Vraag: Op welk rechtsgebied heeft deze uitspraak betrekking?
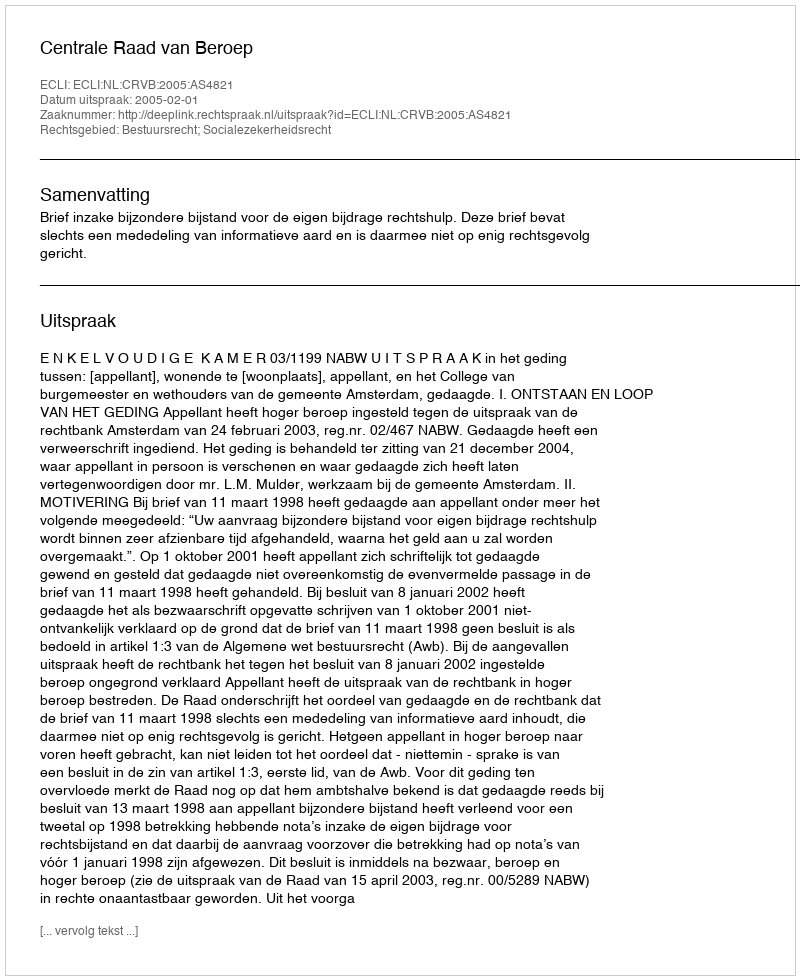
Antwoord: Bestuursrecht; Socialezekerheidsrecht